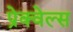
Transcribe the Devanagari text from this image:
प्रेक्वेल्स